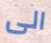
الى